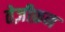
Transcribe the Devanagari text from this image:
तेज़ीफ़न